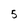
Character: 5